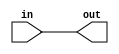
`timescale 1ns / 1ps
//////////////////////////////////////////////////////////////////////////////////
// Company: 
// Engineer: 
// 
// Design Name: 
// Module Name: demo
// Project Name: 
// Target Devices: 
// Tool Versions: 
// Description: 
// 
// Dependencies: 
// 
// Revision:
// Revision 0.01 - File Created
// Additional Comments:
// 
//////////////////////////////////////////////////////////////////////////////////


module demo(
    input [1:0] in,
    output [1:0] out
    );
    
    assign out = in;
endmodule